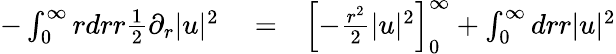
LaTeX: \begin{array}{rlr}{-\int_{0}^{\infty}rdrr\frac{1}{2}\partial_{r}|u|^{2}}&{{}=}&{\left[-\frac{r^{2}}{2}|u|^{2}\right]_{0}^{\infty}+\int_{0}^{\infty}drr|u|^{2}}\end{array}